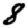
Digit: 8